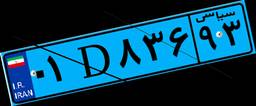
۰۱D۸۳۶۹۳